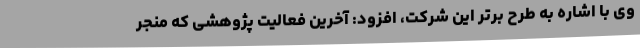
وی با اشاره به طرح برتر این شرکت، افزود: آخرین فعالیت پژوهشی که منجر